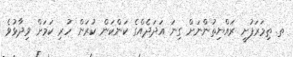
ތ. ތިމަރަފުށީ ރައްޔިތުންނަށް ގިނަ އަދަދެއްގެ ކަންކަން ކުރަން ހުރި ކަމަށް ވިދާޅުވެ